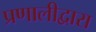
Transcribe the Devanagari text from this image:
प्रणालीद्वारा